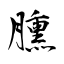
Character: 臐